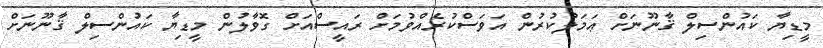
މީޑިޔާ ކައުންސިލް ޤާނޫނަށް ޢަމަލުކުރުން އަވަސްކުރެއްވުމަށް ރައީސްއަށް ގޮވާލުން މީޑިޔާ ކައުންސިލް ޤާނޫނަށް